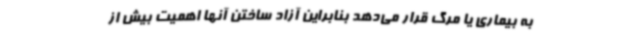
به بیماری یا مرگ قرار می‌دهد بنابراین آزاد ساختن آنها اهمیت بیش از